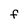
Character: f